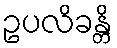
ဥပလိခန္တိ